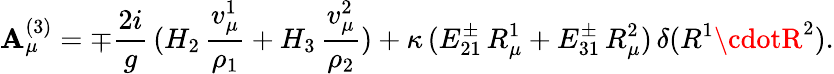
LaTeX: \mathbf{A}_{\mu}^{(3)}=\mp{\frac{{2i}}{{g}}}\, (H_{2}\, {\frac{{v_{\mu}^{1}}}{{\rho_{1}}}}+H_{3}\, {\frac{{v_{\mu}^{2}}}{{\rho_{2}}}})+\kappa\, (E_{21}^{\pm}\, R_{\mu}^{1}+E_{31}^{\pm}\, R_{\mu}^{2})\, \delta(R^{1}\cdotR^{2}).